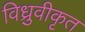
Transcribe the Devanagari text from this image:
विध्रुवीकृत